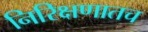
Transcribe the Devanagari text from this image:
निरिक्षणातच